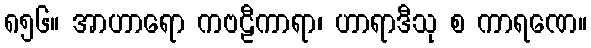
၈၅၆။ အာဟာရော ကဗဠီကာရာ၊ ဟာရာဒီသု စ ကာရဏေ။